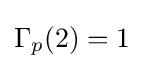
\Gamma _{p}(2)=1